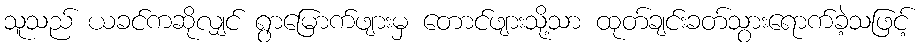
သူသည် ယခင်ကဆိုလျှင် ရွာမြောက်ဖျားမှ တောင်ဖျားသို့သာ ထုတ်ချင်းခတ်သွားရောက်ခဲ့သဖြင့်